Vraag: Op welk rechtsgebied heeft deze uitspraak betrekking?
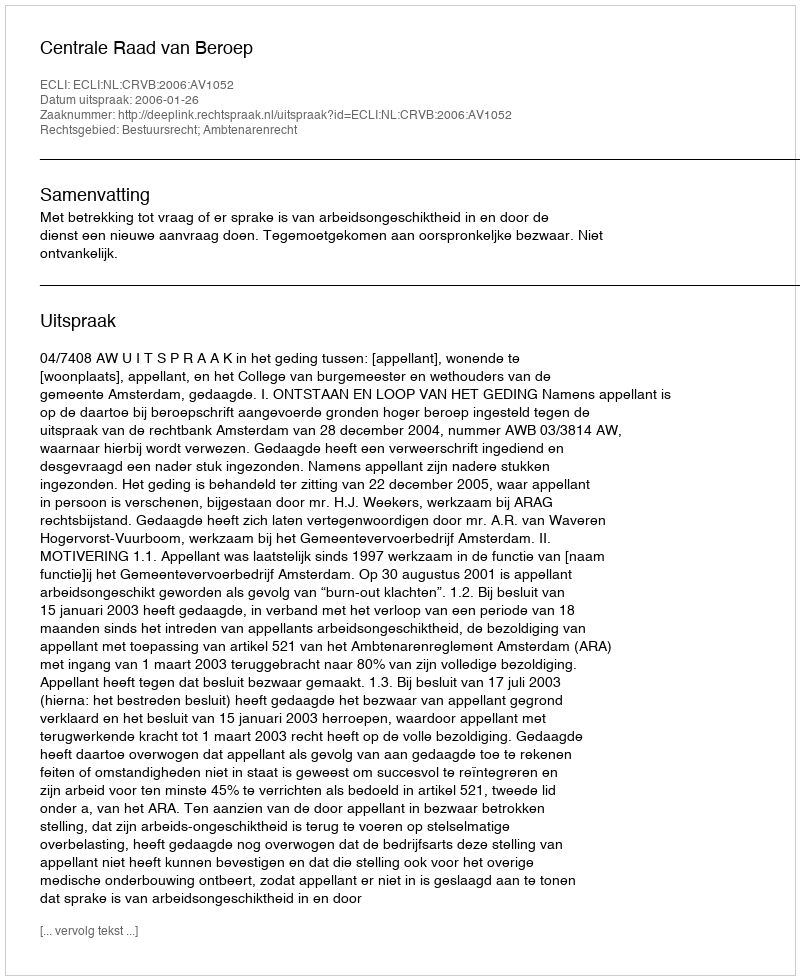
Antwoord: Bestuursrecht; Ambtenarenrecht